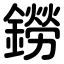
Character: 鐒